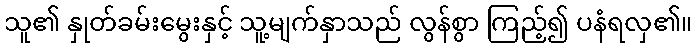
သူ၏ နှုတ်ခမ်းမွေးနှင့် သူ့မျက်နှာသည် လွန်စွာ ကြည့်၍ ပနံရလှ၏။